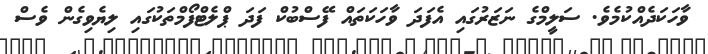
ވާހަކަދެއްކުމެވެ. ސަލީމްގެ ނަޒަރުގައި އެފަދަ ވާހަކަތައް ފޭސްބުކް ފަދަ ޕްލެޓްފޯމްތަކުގައި ލިޔެވިގެން ވެސް